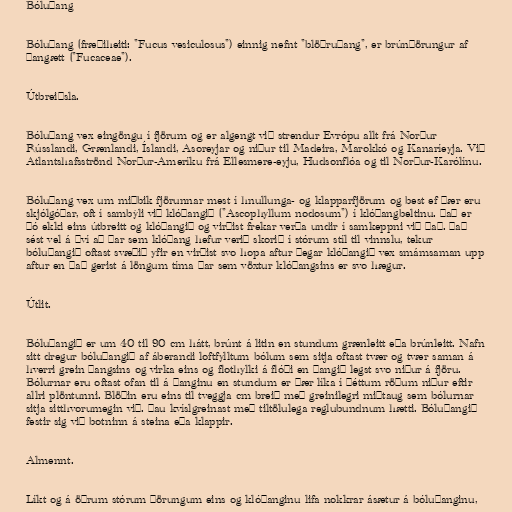
Bóluþang

Bóluþang (fræðiheiti: "Fucus vesiculosus") einnig nefnt "blöðruþang", er brúnþörungur af
þangætt ("Fucaceae").

Útbreiðsla.

Bóluþang vex eingöngu í fjörum og er algengt við strendur Evrópu allt frá Norður
Rússlandi, Grænlandi, Íslandi, Asoreyjar og niður til Madeira, Marokkó og Kanaríeyja. Við
Atlantshafsströnd Norður-Ameríku frá Ellesmere-eyju, Hudsonflóa og til Norður-Karólínu.

Bóluþang vex um miðbik fjörunnar mest í hnullunga- og klapparfjörum og best ef þær eru
skjólgóðar, oft í sambýli við klóþangið ("Ascophyllum nodosum") í klóþangbeltinu. Það er
þó ekki eins útbreitt og klóþangið og virðist frekar verða undir í samkeppni við það. Það
sést vel á því að þar sem klóþang hefur verið skorið í stórum stíl til vinnslu, tekur
bóluþangið oftast svæðið yfir en virðist svo hopa aftur þegar klóþangið vex smámsaman upp
aftur en það gerist á löngum tíma þar sem vöxtur klóþangsins er svo hægur.

Útlit.

Bóluþangið er um 40 til 90 cm hátt, brúnt á litin en stundum grænleitt eða brúnleitt. Nafn
sitt dregur bóluþangið af áberandi loftfylltum bólum sem sitja oftast tvær og tvær saman á
hverri grein þangsins og virka eins og flothylki á flóði en þangið legst svo niður á fjöru.
Bólurnar eru oftast ofan til á þanginu en stundum er þær líka í þéttum röðum niður eftir
allri plöntunni. Blöðin eru eins til tveggja cm breið með greinilegri miðtaug sem bólurnar
sitja sitthvorumegin við. Þau kvíslgreinast með tiltölulega reglubundnum hætti. Bóluþangið
festir sig við botninn á steina eða klappir.

Almennt.

Líkt og á öðrum stórum þörungum eins og klóþanginu lifa nokkrar ásætur á bóluþanginu,